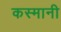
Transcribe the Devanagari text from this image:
कस्मानी